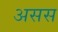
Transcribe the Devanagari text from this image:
असस